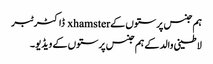
ہم جنس پرستوں کے xhamster ڈاکٹر ٹبر
لاطینی والد کے ہم جنس پرستوں کے ویڈیو۔